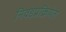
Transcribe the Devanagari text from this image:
निवडप्रक्रियेत